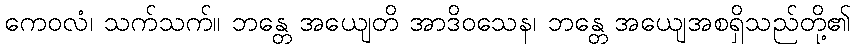
ကေဝလံ၊ သက်သက်။ ဘန္တေ အယျေတိ အာဒိဝသေန၊ ဘန္တေ အယျေအစရှိသည်တို့၏